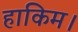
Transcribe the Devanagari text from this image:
हाकिम।